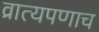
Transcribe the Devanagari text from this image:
व्रात्यपणाच